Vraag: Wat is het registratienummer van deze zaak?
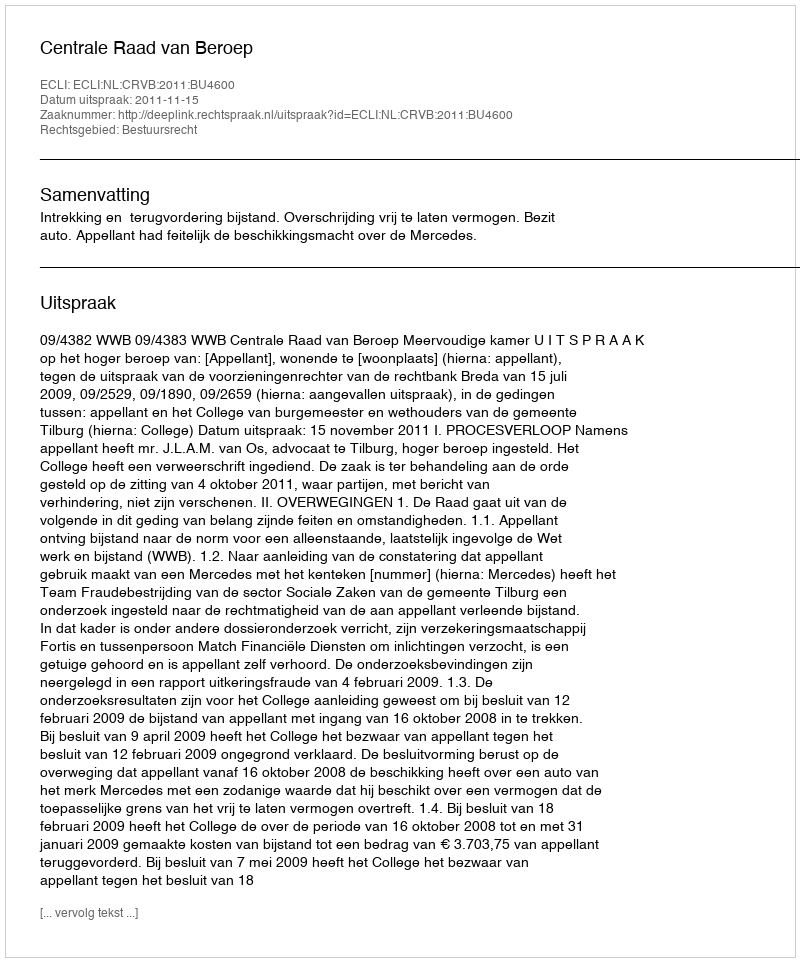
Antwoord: http://deeplink.rechtspraak.nl/uitspraak?id=ECLI:NL:CRVB:2011:BU4600